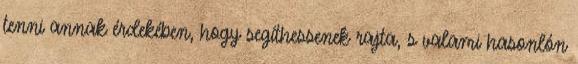
tenni annak érdekében, hogy segíthessenek rajta, s valami hasonlón